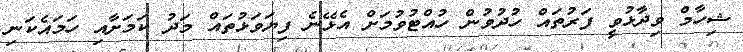
ޝިހާމް ވިދާޅުވީ ފަރުތައް ހުދުވުން ހުއްޓުވުމަށް އެޅޭނެ ފިޔަވަޅުތައް މަދު ކަމަށާއި ހަމައެކަނި